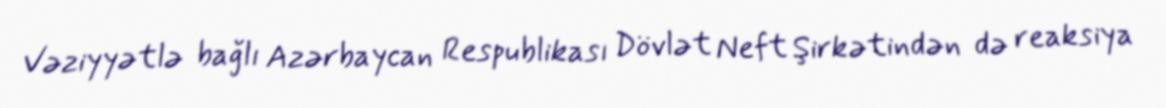
Vəziyyətlə bağlı Azərbaycan Respublikası Dövlət Neft Şirkətindən də reaksiya